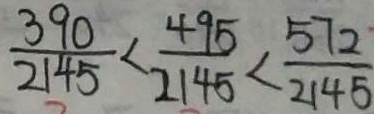
\frac { 3 9 0 } { 2 1 4 5 } < \frac { 4 9 5 } { 2 1 4 5 } < \frac { 5 7 2 } { 2 1 4 5 }